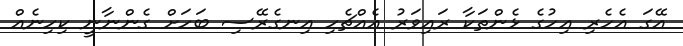
އޭގަ އެހެރި އިހުގެ ޅެންތަކާ ރައިވަރު އެއްޗެހި އިނގެރޭސި ބަހަށް ގެންނާނީ ކިހިނެއް